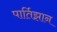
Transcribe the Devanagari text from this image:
पार्तिझान